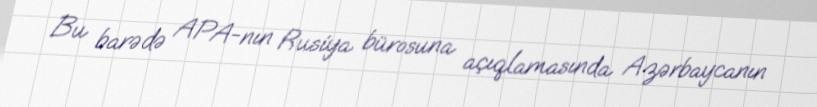
Bu barədə APA-nın Rusiya bürosuna açıqlamasında Azərbaycanın